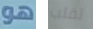
هو تقلب